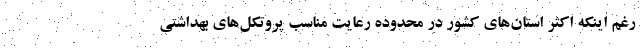
رغم اینکه اکثر استان‌های کشور در محدوده رعایت مناسب پروتکل‌های بهداشتی